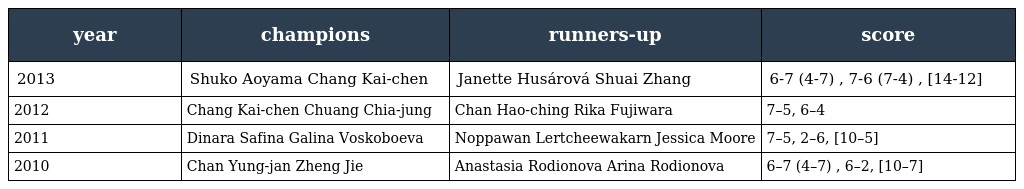
| year | champions | runners-up | score |
 | --- | --- | --- | --- |
 | 2013 | Shuko Aoyama Chang Kai-chen | Janette Husárová Shuai Zhang | 6-7 (4-7) , 7-6 (7-4) , [14-12] |
 | 2012 | Chang Kai-chen Chuang Chia-jung | Chan Hao-ching Rika Fujiwara | 7–5, 6–4 |
 | 2011 | Dinara Safina Galina Voskoboeva | Noppawan Lertcheewakarn Jessica Moore | 7–5, 2–6, [10–5] |
 | 2010 | Chan Yung-jan Zheng Jie | Anastasia Rodionova Arina Rodionova | 6–7 (4–7) , 6–2, [10–7] |